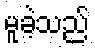
မူခဲ့သည်